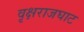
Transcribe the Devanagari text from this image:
वृक्षराजघाट